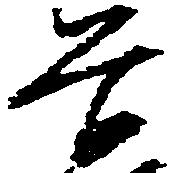
谷